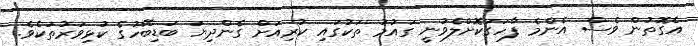
އެގޮތުން ވެސް އެންމެ ފާހަގަކޮށްލެވުނީ ގައުމު ތަކުގައި ކުރިއަށް ގެންދިޔަ ބަޑިބޭހުގެ ކުޅިވަރުތަކެވެ.